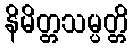
နိမိတ္တသမ္ပတ္တိ